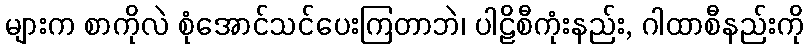
များက စာကိုလဲ စုံအောင်သင်ပေးကြတာဘဲ၊ ပါဠိစီကုံးနည်း, ဂါထာစီနည်းကို